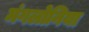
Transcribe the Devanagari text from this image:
मंगलोनिया